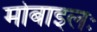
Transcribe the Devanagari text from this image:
मोबाइलः